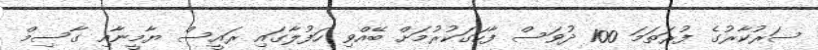
ސަރުކާރުގެ ފުރަތަމަ 100 ދުވަސް ފާހަގަކުރުމަށް ބޭއްވި ހަފުލާގައި ރައީސް ޔާމީނާއި ގާސިމް